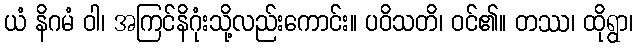
ယံ နိဂမံ ဝါ၊ အကြင်နိဂုံးသို့လည်းကောင်း။ ပဝိသတိ၊ ဝင်၏။ တဿ၊ ထိုရွာ၊